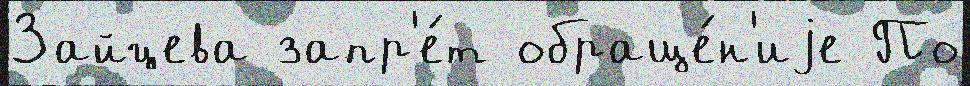
Зайцева запр'е́т обраще́н'иjе По